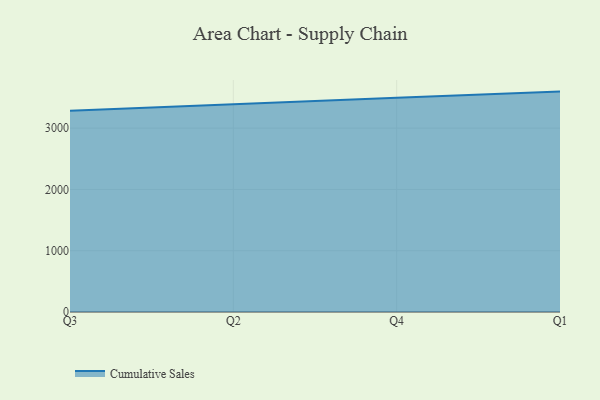
{"axis": {"x": "Quarter", "y": "Customer Acquisition Cost (USD)"}, "legend": ["Cumulative Sales"], "data": [{"x": "Q3", "y": 3286.1, "type": "Cumulative Sales"}, {"x": "Q2", "y": 3396.8, "type": "Cumulative Sales"}, {"x": "Q4", "y": 3498.0, "type": "Cumulative Sales"}, {"x": "Q1", "y": 3596.6, "type": "Cumulative Sales"}]}